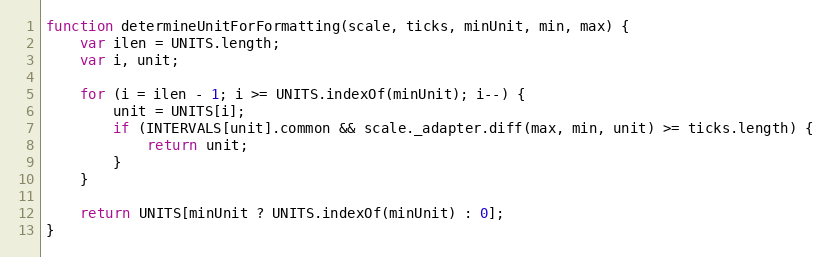
Language: JavaScript
function determineUnitForFormatting(scale, ticks, minUnit, min, max) {
	var ilen = UNITS.length;
	var i, unit;

	for (i = ilen - 1; i >= UNITS.indexOf(minUnit); i--) {
		unit = UNITS[i];
		if (INTERVALS[unit].common && scale._adapter.diff(max, min, unit) >= ticks.length) {
			return unit;
		}
	}

	return UNITS[minUnit ? UNITS.indexOf(minUnit) : 0];
}